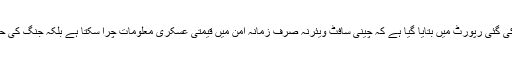
فیوچر کورٹیکنالوجیز اینڈ پرابلم اسٹیٹمنٹس کے متعلق جاری کی گئی رپورٹ میں بتایا گیا ہے کہ چینی سافٹ ویئرنہ صرف زمانہ امن میں قیمتی عسکری معلومات چرا سکتا ہے بلکہ جنگ کی حالت میں ہتھیاروں کو چلنے سے پہلے ہی بیکار کر سکتا ہے۔